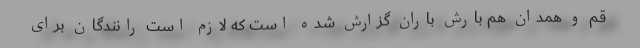
قم و همدان هم بارش باران گزارش شده است که لازم است رانندگان برای